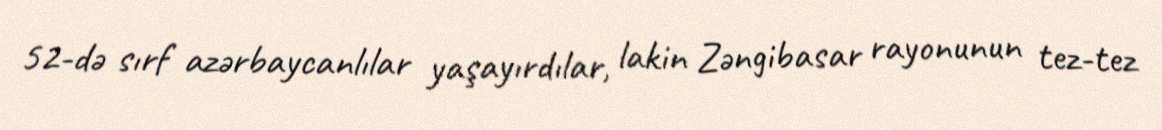
52-də sırf azərbaycanlılar yaşayırdılar, lakin Zəngibasar rayonunun tez-tez